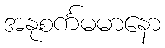
အနုစင်္ကမမာနော